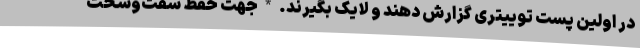
در اولین پست توییتری گزارش دهند و لایک بگیرند. * جهت حفظ سفت‌وسخت